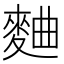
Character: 麯